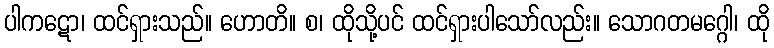
ပါကဋော၊ ထင်ရှားသည်။ ဟောတိ။ စ၊ ထိုသို့ပင် ထင်ရှားပါသော်လည်း။ သောဂတမဂ္ဂေါ၊ ထို